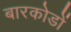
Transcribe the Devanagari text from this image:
बारकोडों